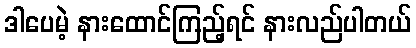
ဒါပေမဲ့ နားထောင်ကြည့်ရင် နားလည်ပါတယ်